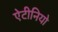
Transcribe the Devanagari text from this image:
ऐटीनियो